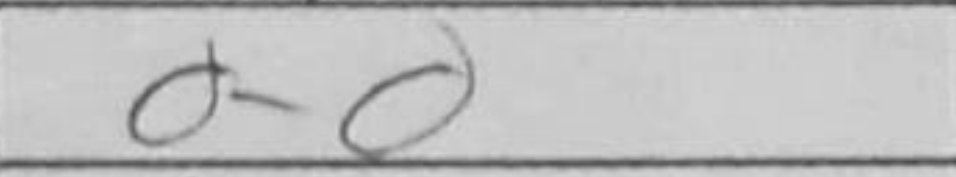
Transcription: O-O